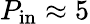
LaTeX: P_{\textnormal{in}}\approx 5